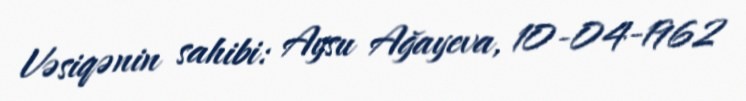
Vəsiqənin sahibi: Aysu Ağayeva, 10-04-1962